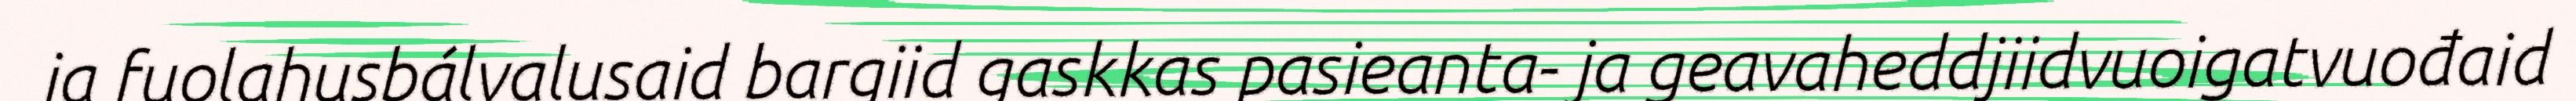
ja fuolahusbálvalusaid bargiid gaskkas pasieanta- ja geavaheddjiidvuoigatvuođaid